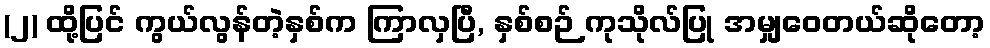
(၂) ထို့ပြင် ကွယ်လွန်တဲ့နှစ်က ကြာလှပြီ, နှစ်စဉ် ကုသိုလ်ပြု အမျှဝေတယ်ဆိုတော့